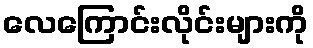
လေကြောင်းလိုင်းများကို